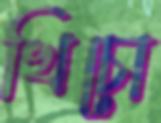
খিচো